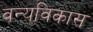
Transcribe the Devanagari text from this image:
वन्यविकास